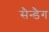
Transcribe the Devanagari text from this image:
सैन्डैग